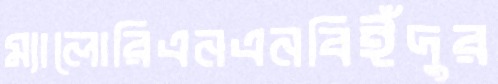
ম্যালোরিএনএনবিইঁদুর